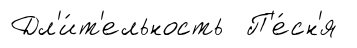
Дл'и́т'ельность П'е́сн'я